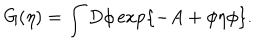
G ( \eta ) = \int D \phi \exp \{ - A + \phi \eta \phi \} .